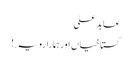
عابدعلی
گستاخیاں اور ہمارا رویہ.!